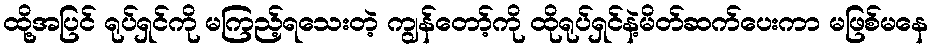
ထို့အပြင် ရုပ်ရှင်ကို မကြည့်ရသေးတဲ့ ကျွန်တော့်ကို ထိုရုပ်ရှင်နဲ့မိတ်ဆက်ပေးကာ မဖြစ်မနေ